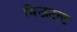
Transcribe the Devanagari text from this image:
मिऊटन्ट